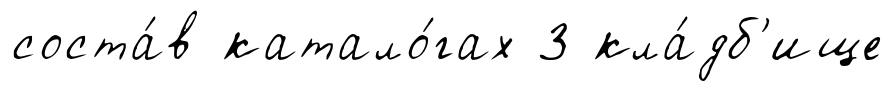
соста́в катало́гах 3 кла́дб'ище